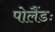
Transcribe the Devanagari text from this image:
पोलैंडः